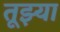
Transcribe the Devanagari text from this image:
तूझ्या